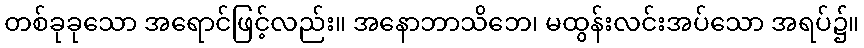
တစ်ခုခုသော အရောင်ဖြင့်လည်း။ အနောဘာသိဘေ၊ မထွန်းလင်းအပ်သော အရပ်၌။